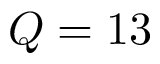
Q = 1 3